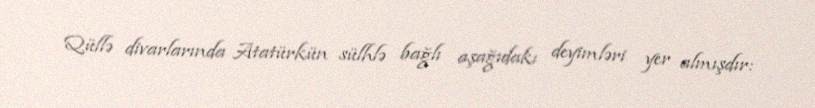
Qüllə divarlarında Atatürkün sülhlə bağlı aşağıdakı deyimləri yer almışdır: